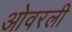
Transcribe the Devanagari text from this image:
ओवरली